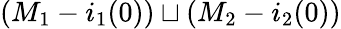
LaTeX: (M_{1}-i_{1}(0))\sqcup(M_{2}-i_{2}(0))